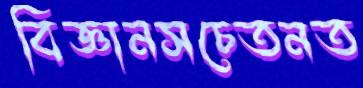
বিজ্ঞানসচেতনত